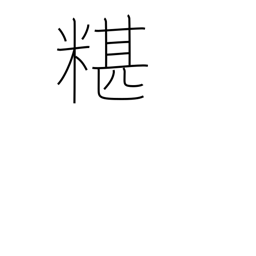
Meaning: mixing rice into soup